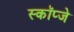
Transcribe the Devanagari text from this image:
स्कॉप्जे